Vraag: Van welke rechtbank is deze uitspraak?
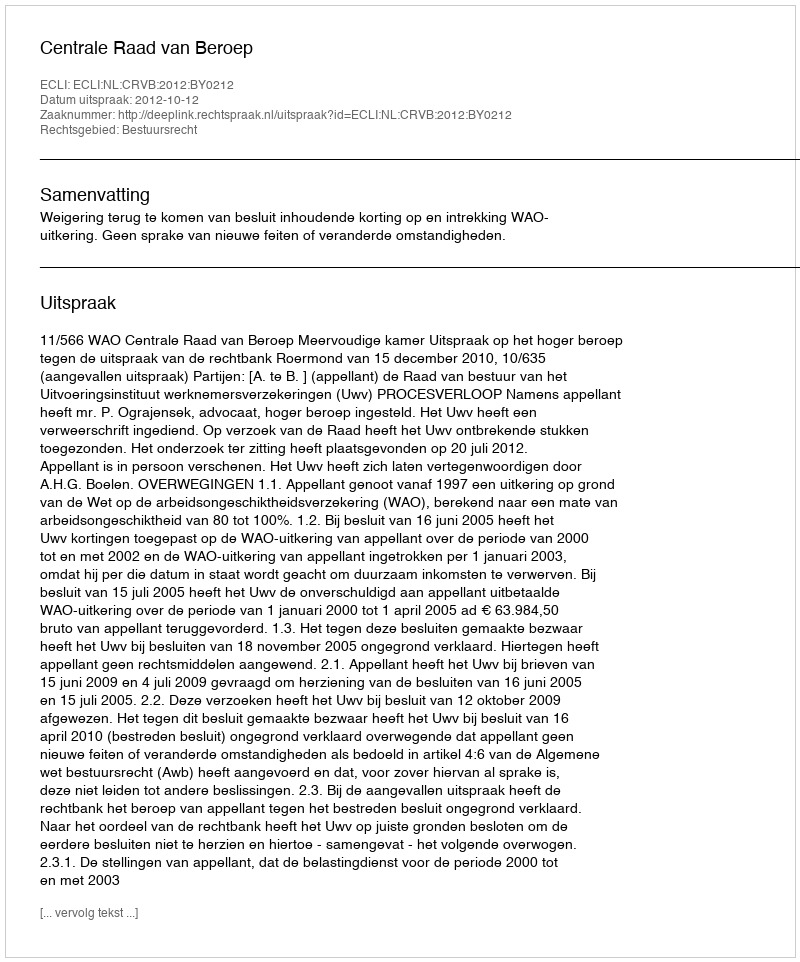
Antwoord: Centrale Raad van Beroep